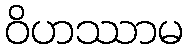
ဝိဟဿာမ